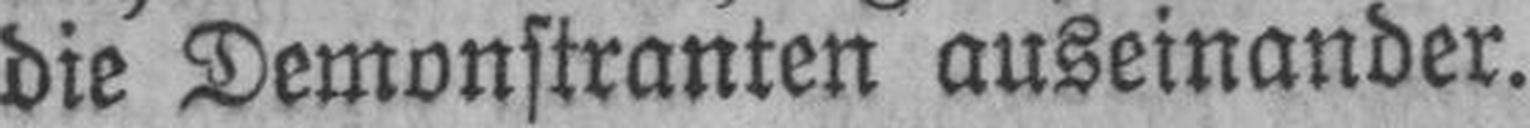
die Demonstranten auseinander.